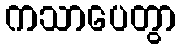
ကသာပေတွာ